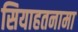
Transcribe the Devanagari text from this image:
सियाहतनामा